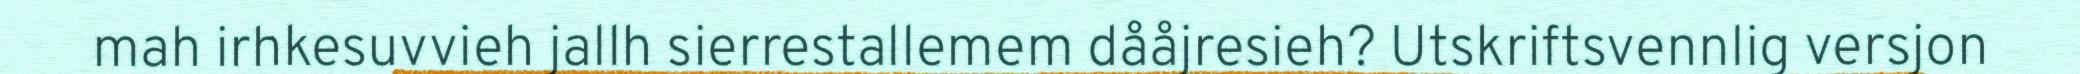
mah irhkesuvvieh jallh sierrestallemem dååjresieh? Utskriftsvennlig versjon